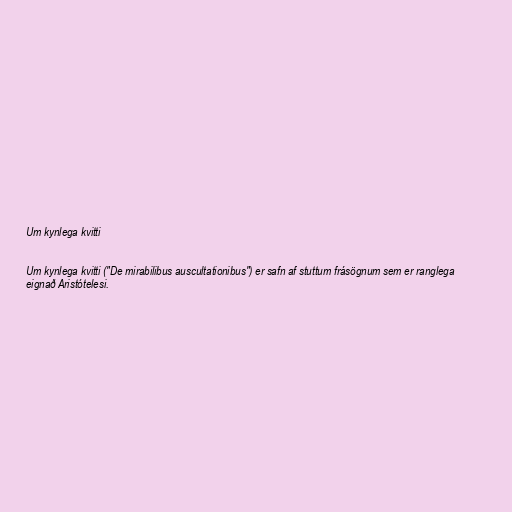
Um kynlega kvitti

Um kynlega kvitti ("De mirabilibus auscultationibus") er safn af stuttum frásögnum sem er ranglega
eignað Aristótelesi.